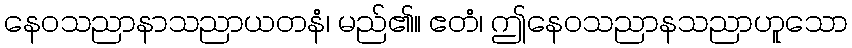
နေဝသညာနာသညာယတနံ၊ မည်၏။ ဧတံ၊ ဤနေဝသညာနသညာဟူသော